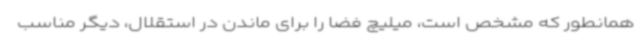
همانطور که مشخص است، میلیچ فضا را برای ماندن در استقلال، دیگر مناسب